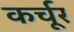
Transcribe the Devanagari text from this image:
कर्चूर